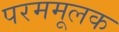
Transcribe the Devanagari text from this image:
परममूलक